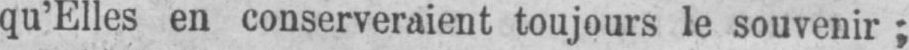
qu’Elles en conserveraient toujours le souvenir;